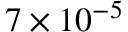
7 \times 1 0 ^ { - 5 }